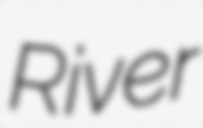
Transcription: River